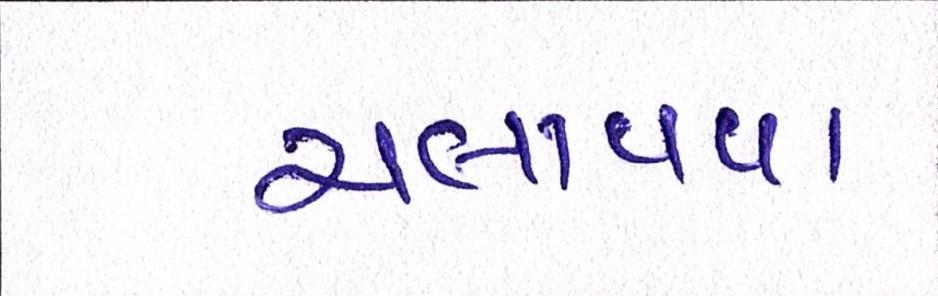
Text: ચલાવવા